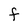
Character: F